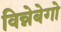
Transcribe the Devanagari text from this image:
विन्नेबेगो